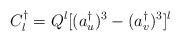
LaTeX: \begin{align*}C_l^\dagger = Q^l [(a_u^\dagger)^3-(a_v^\dagger)^3]^l\end{align*}